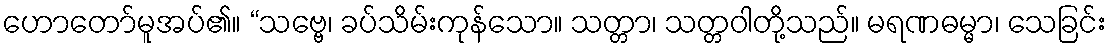
ဟောတော်မူအပ်၏။ “သဗ္ဗေ၊ ခပ်သိမ်းကုန်သော။ သတ္တာ၊ သတ္တဝါတို့သည်။ မရဏဓမ္မာ၊ သေခြင်း